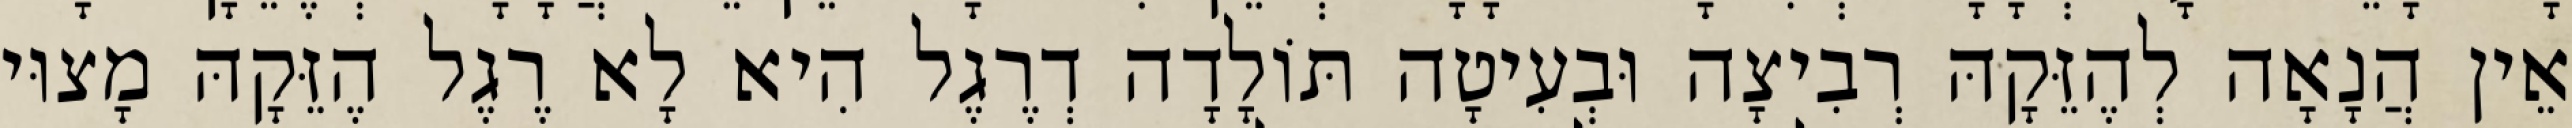
אֵין הֲנָאָה לְהֶזֵּקָהּ רְבִיצָה וּבְעִיטָה תּוֹלָדָה דְרֶגֶל הִיא לָא רֶגֶל הֶזֵּקָהּ מָצוּי